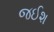
જઈશ